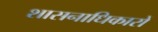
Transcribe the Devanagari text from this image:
शासनाधिकारों